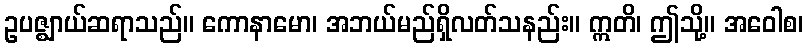
ဥပဇ္ဈာယ်ဆရာသည်။ ကောနာမော၊ အဘယ်မည်ရှိလတ်သနည်း။ ဣတိ၊ ဤသို့။ အဝေါစ၊